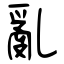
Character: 亂